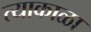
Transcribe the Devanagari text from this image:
त्याकाळा